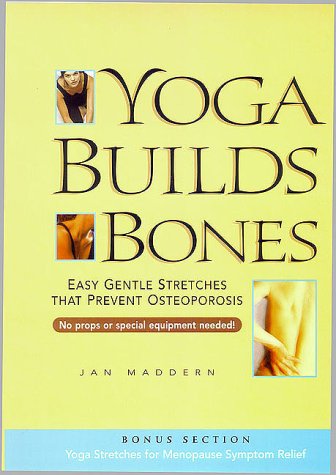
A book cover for Yoga Builds Bones: Easy Gentle Stretches That Prevent Osteoporosis; Jan Maddern; Health, Fitness & Dieting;